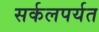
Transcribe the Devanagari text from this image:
सर्कलपर्यत